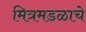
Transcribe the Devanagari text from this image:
मित्रमडळाचे